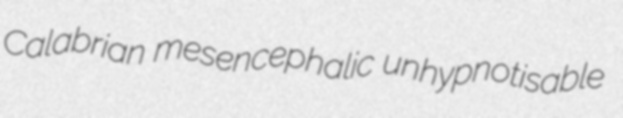
Calabrian mesencephalic unhypnotisable